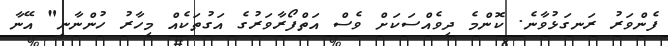
ފެންވަރު ރަނގަޅުވާނެ. ކޮންމެ ދިވެއްސަކަށް ވެސް އަތްފޯރާވަރުގެ އަގުތަކެއް މިހާރު ހުންނާނީ" އޭނާ